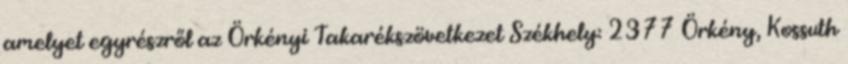
amelyet egyrészről az Örkényi Takarékszövetkezet Székhely: 2377 Örkény, Kossuth